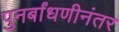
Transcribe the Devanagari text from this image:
पुनर्बांधणीनंतर